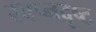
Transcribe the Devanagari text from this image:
स्वप्नदृष्ट